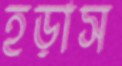
হড়াস